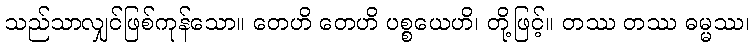
သည်သာလျှင်ဖြစ်ကုန်သော။ တေဟိ တေဟိ ပစ္စယေဟိ၊ တို့ဖြင့်။ တဿ တဿ ဓမ္မဿ၊